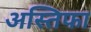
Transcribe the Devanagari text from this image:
अस्तिफा